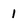
Character: 1